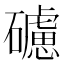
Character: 𥖼